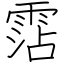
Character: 霑